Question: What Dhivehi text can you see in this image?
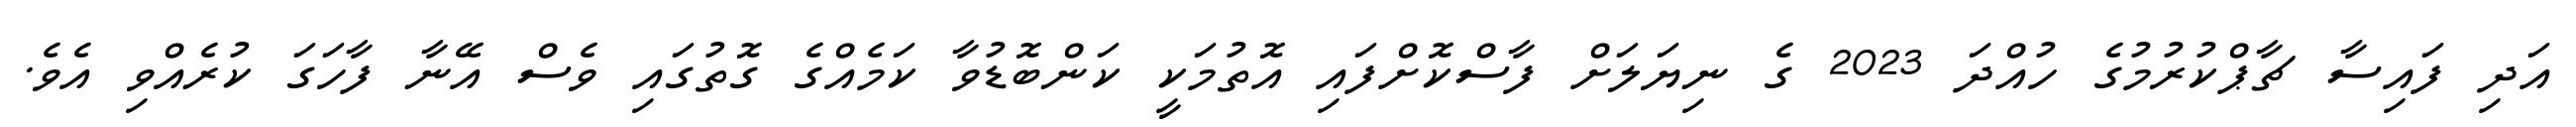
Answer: އަދި ފައިސާ ޗާޕްކުރުމުގެ ހުއްދަ 2023 ގެ ނިޔަލަށް ފާސްކޮށްފައި އޮތުމަކީ ކަންބޮޑުވާ ކަމެއްގެ ގޮތުގައި ވެސް އޭނާ ފާހަގަ ކުރެއްވި އެވެ.